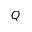
Q